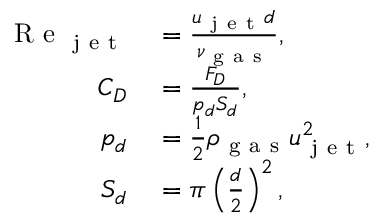
\begin{array} { r l } { \mathrm { ~ R ~ e ~ } _ { \mathrm { ~ j ~ e ~ t ~ } } } & { { } = \frac { u _ { \mathrm { ~ j ~ e ~ t ~ } } d } { \nu _ { \mathrm { ~ g ~ a ~ s ~ } } } , } \\ { C _ { D } } & { { } = \frac { F _ { D } } { p _ { d } S _ { d } } , } \\ { p _ { d } } & { { } = \frac { 1 } { 2 } \rho _ { \mathrm { ~ g ~ a ~ s ~ } } u _ { \mathrm { ~ j ~ e ~ t ~ } } ^ { 2 } , } \\ { S _ { d } } & { { } = \pi \left( \frac { d } { 2 } \right) ^ { 2 } , } \end{array}